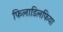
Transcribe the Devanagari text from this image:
फिलाडिलफिया